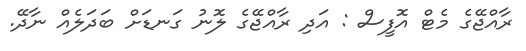
ރާއްޖޭގެ މެޓް އޮފީސް : އަދި ރާއްޖޭގެ ލޮނު ގަނޑަށް ބަދަލެއް ނާދޭ.